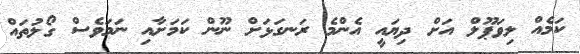
ކަމެއް ލިވަޕޫލް އަށް ދިޔައީ އެންމެ ރަނގަޅަށް ނޫން ކަމަށާއި ނަމަވެސް ގޯލުތައް